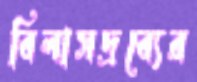
বিলাসদ্রব্যের